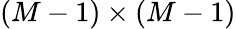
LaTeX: \left(M-1\right)\times\left(M-1\right)